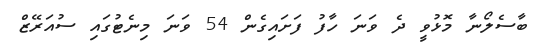
ބާސެލޯނާ މޮޅުވީ ދެ ވަނަ ހާފު ފަށައިގެން 54 ވަނަ މިނެޓުގައި ސުއަރޭޒް